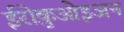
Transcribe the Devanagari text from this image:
ईरोक़ुओइअन